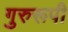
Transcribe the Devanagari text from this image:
गुरुरूपी